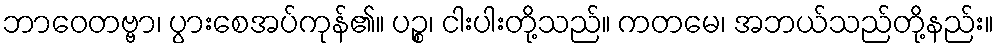
ဘာဝေတဗ္ဗာ၊ ပွားစေအပ်ကုန်၏။ ပဉ္စ၊ ငါးပါးတို့သည်။ ကတမေ၊ အဘယ်သည်တို့နည်း။